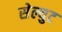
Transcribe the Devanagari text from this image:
सेल्युट